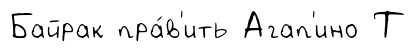
Байрак пра́в'ить Агап'ино Т